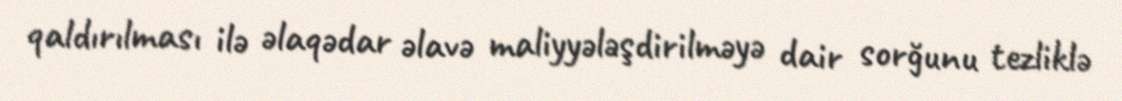
qaldırılması ilə əlaqədar əlavə maliyyələşdirilməyə dair sorğunu tezliklə